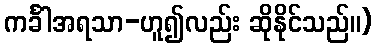
ကင်္ခါအရသာ-ဟူ၍လည်း ဆိုနိုင်သည်။)